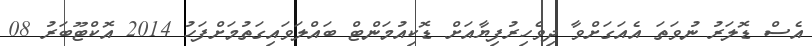
އެސް ޑޮލަރު ނުވަތަ އެއަގަށްވާ ދިވެހިރުފިޔާއަށް ޑޮކިއުމަންޓް ބައްލަވައިގަތުމަށްފަހު 2014 އޮކްޓޫބަރު 08